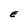
Character: E